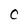
Character: C